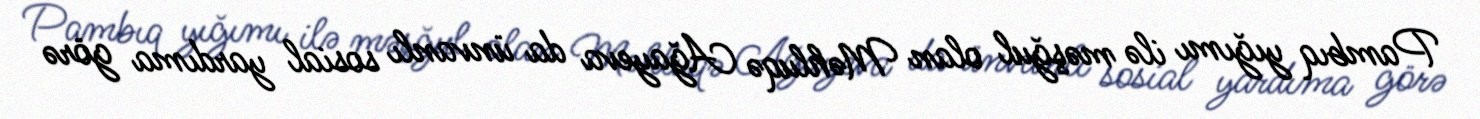
Pambıq yığımı ilə məşğul olan Məhluqə Ağayeva da ünvanlı sosial yardıma görə